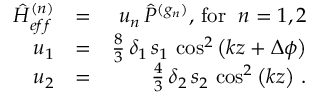
\begin{array} { r l r } { { \hat { H } } _ { e f f } ^ { ( n ) } } & { = } & { u _ { n } \, { \hat { P } } ^ { ( g _ { n } ) } , \, \mathrm { f o r } \, \, \; n = 1 , 2 } \\ { u _ { 1 } } & { = } & { \frac { 8 } { 3 } \, \delta _ { 1 } \, s _ { 1 } \, \cos ^ { 2 } \left( k z + \Delta \phi \right) } \\ { u _ { 2 } } & { = } & { \frac { 4 } { 3 } \, \delta _ { 2 } \, s _ { 2 } \, \cos ^ { 2 } \left( k z \right) \, . } \end{array}